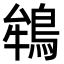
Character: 鴾